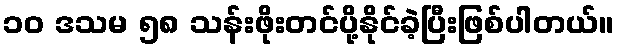
၁၀ ဒသမ ၅၈ သန်းဖိုးတင်ပို့နိုင်ခဲ့ပြီးဖြစ်ပါတယ်။